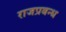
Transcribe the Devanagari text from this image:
राजप्रबन्ध